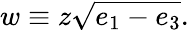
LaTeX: w\equiv z{\sqrt{e_{1}-e_{3}}}.